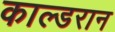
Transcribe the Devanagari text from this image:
काल्डरान